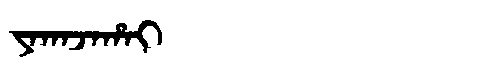
Manchu: ᠶᠠᡴᠠᠵᠠᡥᠠᡳ
Romanization: YAKAJAHAI